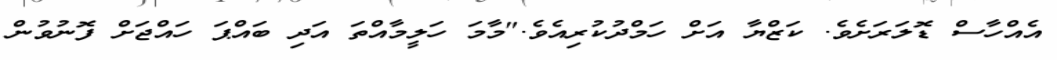
އެއްހާސް ޑޮލަރަށެވެ. ކަޒްޔާ އަށް ހަމްދުކުރިއެވެ."މާމަ ހަލީމާއްތަ އަދި ބައްޕަ ހައްޖަށް ފޮނުވުން